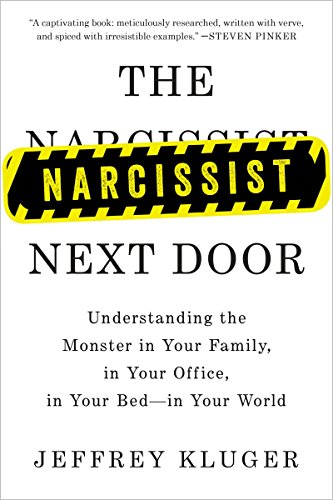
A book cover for The Narcissist Next Door: Understanding the Monster in Your Family, in Your Office, in Your Bed-in Your World; Jeffrey Kluger; Health, Fitness & Dieting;